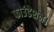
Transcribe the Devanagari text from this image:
फाउंडेशन।